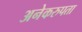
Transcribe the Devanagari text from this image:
अनेकरुपता